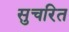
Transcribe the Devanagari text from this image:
सुचरित